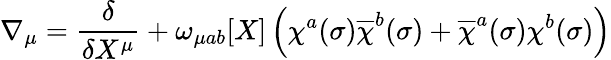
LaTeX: \nabla_{\mu}=\frac{\delta}{\delta X^{\mu}}+\omega_{\mu ab}[X]\left(\chi^{a}(\sigma)\overline{{{\chi}}}^{b}(\sigma)+\overline{{{\chi}}}^{a}(\sigma)\chi^{b}(\sigma)\right)